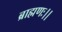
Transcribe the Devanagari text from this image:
ब्राह्मणः।।